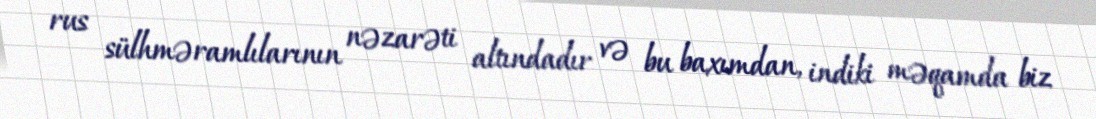
rus sülhməramlılarının nəzarəti altındadır və bu baxımdan, indiki məqamda biz